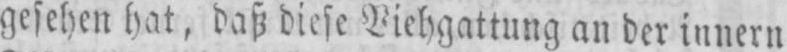
gesehen hat, daß diese Viehgattung an der innern